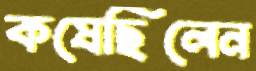
কষেছিলেন